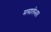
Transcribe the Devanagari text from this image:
मसालेभात